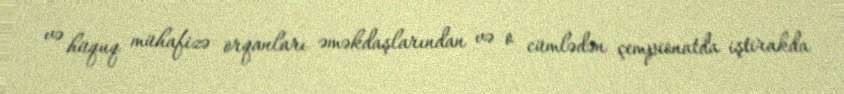
və hüquq mühafizə orqanları əməkdaşlarından və o cümlədən çempionatda iştirakda